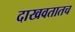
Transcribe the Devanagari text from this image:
दाखवतातच